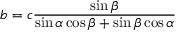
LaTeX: b = c { \frac { \sin \beta } { \sin \alpha \cos \beta + \sin \beta \cos \alpha } }